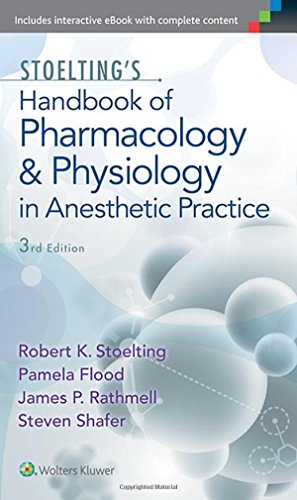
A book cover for Stoelting's Handbook of Pharmacology and Physiology in Anesthetic Practice; Robert Stoelting; Medical Books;